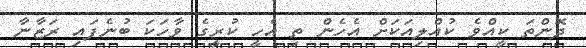
ދޮންތަ ކީއްވެ ކުއްލިއަކަށް އެހެން ތި އެހީ ކުރީގެ ވާހަކަ ބުނެފައި ރަޒާނާ